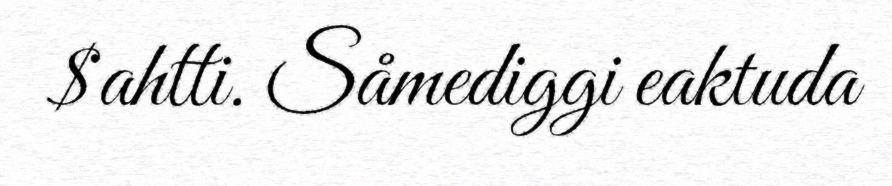
$ahtti. Såmediggi eaktuda